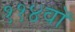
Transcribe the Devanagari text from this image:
११४वॉ